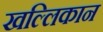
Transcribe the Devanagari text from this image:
खल्लिकान